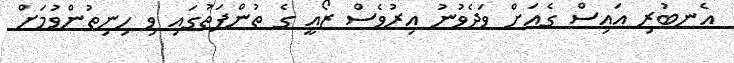
އެނބުރި އައިސް ގެއަށް ވަދެވުނު އިރުވެސް ޒޯއީ ގެ ތުންފަތުގައި ވި ހިނިތުންވުމަށް